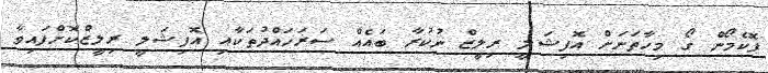
ޕޮކެމޯން ގޯ މިހާތަނަށް އޮފިޝަލީ ރިލީޒް ނުކުރާ ބައެއް ސަރަހައްދުތަކާއި އޮފިޝަލީ ރިލީޒްކޮށްފައިވާ